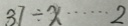
3 7 \div x \cdots 2